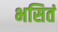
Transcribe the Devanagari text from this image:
भसितं